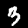
Digit: 3